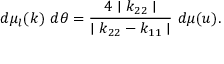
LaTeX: d \mu _ { l } ( k ) ~ d \theta = \frac { 4 \mid k _ { 2 2 } \mid } { \mid k _ { 2 2 } - k _ { 1 1 } \mid } ~ d \mu ( u ) .